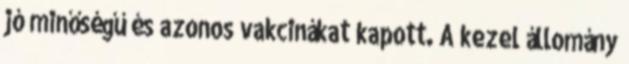
jó minőségű és azonos vakcinákat kapott. A kezel állomány